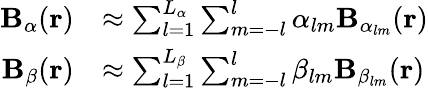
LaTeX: \begin{array}{rl}{\mathbf{B}_{\alpha}(\mathbf{r})}&{\approx\sum_{l=1}^{L_{\alpha}}\sum_{m=-l}^{l}\alpha_{lm}\mathbf{B}_{\alpha_{lm}}(\mathbf{r})}\\ {\mathbf{B}_{\beta}(\mathbf{r})}&{\approx\sum_{l=1}^{L_{\beta}}\sum_{m=-l}^{l}\beta_{lm}\mathbf{B}_{\beta_{lm}}(\mathbf{r})}\end{array}